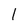
Character: l